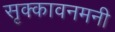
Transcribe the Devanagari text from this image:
सृक्कावनमनी